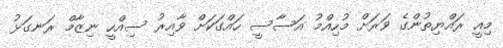
މިއީ ރައްޔިތުންގެ ވަރަށް މުހިއްމު އަސާސީ ހައްގަކަށް ވާއިރު ސިއްހީ ނިޒާމް ރަނގަޅު